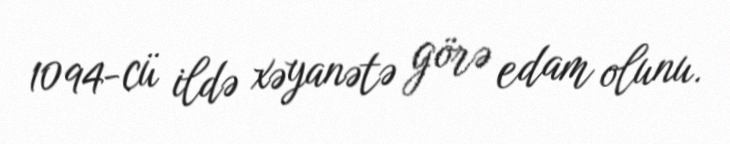
1094-cü ildə xəyanətə görə edam olunu.